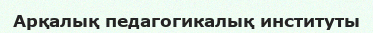
Арқалық педагогикалық институты